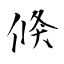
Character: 倏